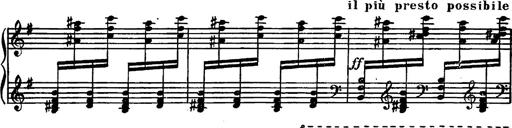
Title: Magyar rapszÃ³diÃ¡k
Composer: Franz Liszt